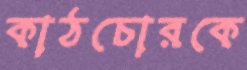
কাঠচোরকে